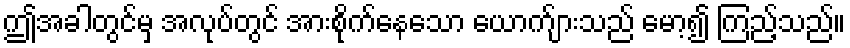
ဤအခါတွင်မှ အလုပ်တွင် အားစိုက်နေသော ယောက်ျားသည် မော့၍ ကြည့်သည်။